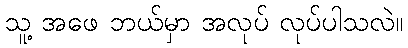
သူ့ အဖေ ဘယ်မှာ အလုပ် လုပ်ပါသလဲ။